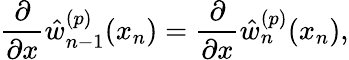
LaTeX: \frac{\partial}{\partial x}\hat{w}_{n-1}^{(p)}(x_{n})=\frac{\partial}{\partial x}\hat{w}_{n}^{(p)}(x_{n}),